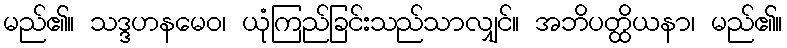
မည်၏။ သဒ္ဒဟနမေဝ၊ ယုံကြည်ခြင်းသည်သာလျှင်။ အဘိပတ္ထိယနာ၊ မည်၏။